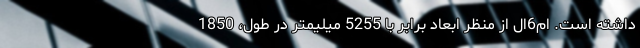
داشته است. ام6ال از منظر ابعاد برابر با 5255 میلیمتر در طول، 1850